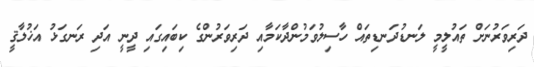
ދަރިވަރުނަށް ތައުލީމީ ލަނޑުދަނޑިތައް ހާސިލުވަމުންދާކަމާއި ދަރިވަރުންގެ ކިބައިގައި ދީނީ އަދި ރަނގަޅު އަޚުލާޤީ